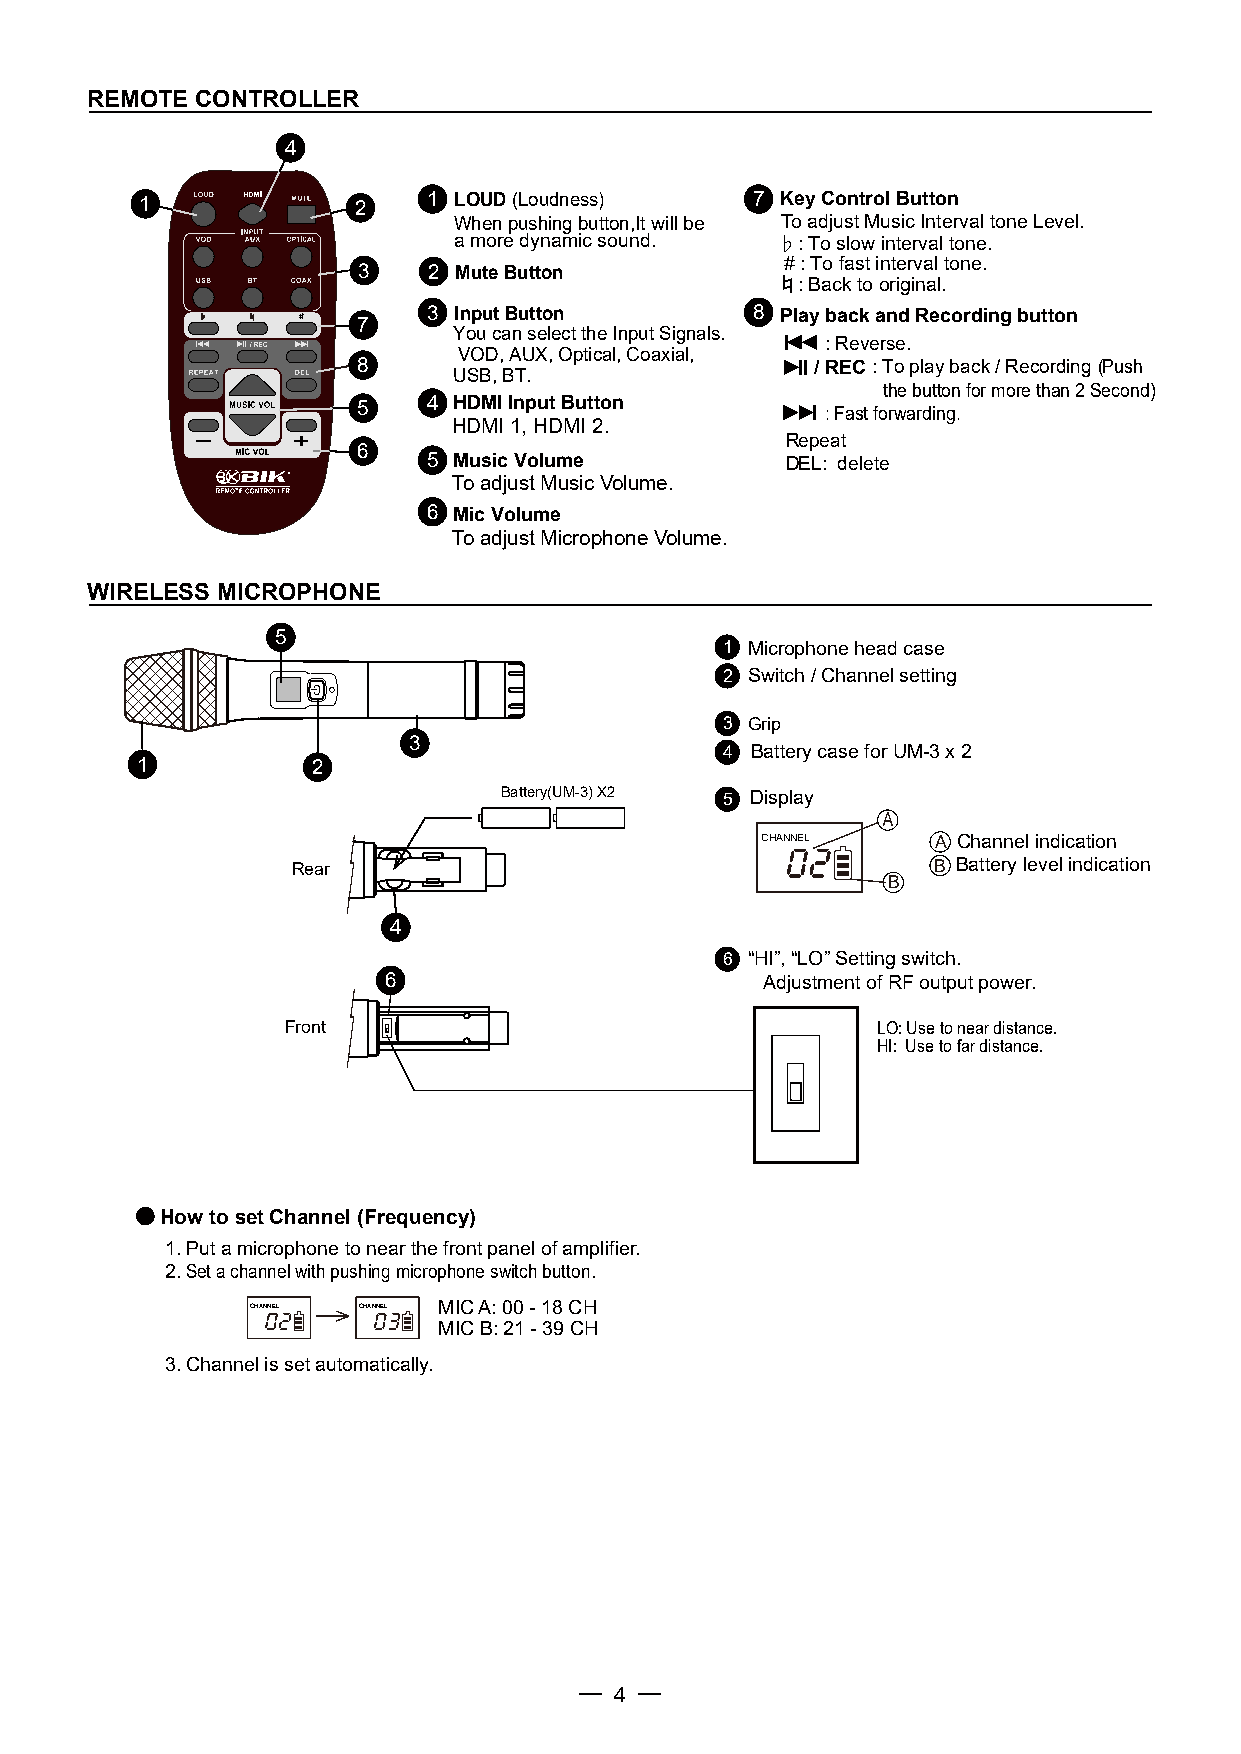
REMOTE CONTROLLER
 4
 1             2    1 LOUD (Loudness)     7 Key Control Button
 When pushing button,It will be To adjust Music Interval tone Level.
 a more dynamic sound. ♭: To slow interval tone.
 # : To fast interval tone.
 3   2 Mute Button
 ♮: Back to original.
 3 Input Button        8 Play back and Recording button
 7
 You can select the Input Signals.
 : Reverse.
 VOD, AUX, Optical, Coaxial,
 8     USB, BT.                / R E C : To play back / Recording (Push
 the button for more than 2 Second)
 5   4 HDMI Input Button        : Fast forwarding.
 HDMI 1, HDMI 2.
 Repeat
 6
 5 Music Volume          DEL: delete
 To adjust Music Volume.
 6 Mic Volume
 To adjust Microphone Volume.
 WIRELESS MICROPHONE
 5
 1 Microphone head case
 2 Switch / Channel setting
 3 Grip
 3
 4 Battery case for UM-3 x 2
 1           2
 Battery(UM-3) X2 5 Display
 A
 CHANNEL     A Channel indication
 Rear                                       B Battery level indication
 B
 4
 6 “HI”, “LO” Setting switch.
 6                        Adjustment of RF output power.
 Front                                  LO: Use to near distance.
 HI: Use to far distance.
 ● How to set Channel (Frequency)
 1. Put a microphone to near the front panel of amplifier.
 2. Set a channel with pushing microphone switch button.
 CHANNEL CHANNEL MIC A: 00 - 18 CH
 MIC B: 21 - 39 CH
 3. Channel is set automatically.
 4